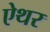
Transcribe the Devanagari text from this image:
ऐथर